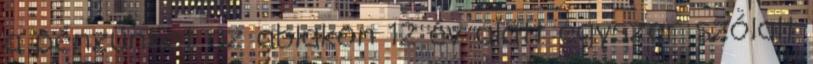
a pénzünket az ablakon 12 év alatt egyszer szólalt